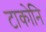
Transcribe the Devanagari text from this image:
टाकोनि